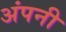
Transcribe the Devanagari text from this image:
अंपनी